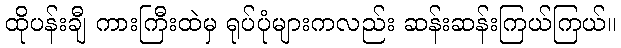
ထိုပန်းချီ ကားကြီးထဲမှ ရုပ်ပုံများကလည်း ဆန်းဆန်းကြယ်ကြယ်။